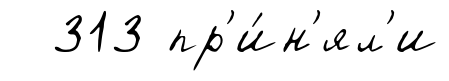
313 пр'и́н'ял'и